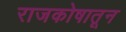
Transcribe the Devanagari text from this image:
राजकोषातून